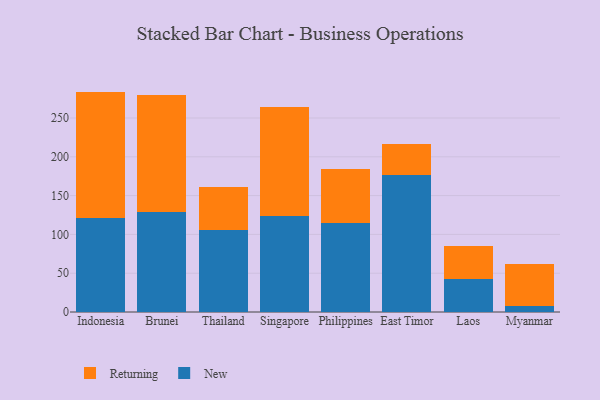
{"axis": {"x": "Country", "y": "Population (Million)"}, "legend": ["New", "Returning"], "data": [{"x": "Indonesia", "y": 121.4, "type": "New"}, {"x": "Indonesia", "y": 162.6, "type": "Returning"}, {"x": "Brunei", "y": 128.5, "type": "New"}, {"x": "Brunei", "y": 151.2, "type": "Returning"}, {"x": "Thailand", "y": 105.3, "type": "New"}, {"x": "Thailand", "y": 55.6, "type": "Returning"}, {"x": "Singapore", "y": 123.7, "type": "New"}, {"x": "Singapore", "y": 140.8, "type": "Returning"}, {"x": "Philippines", "y": 115.0, "type": "New"}, {"x": "Philippines", "y": 69.1, "type": "Returning"}, {"x": "East Timor", "y": 177.1, "type": "New"}, {"x": "East Timor", "y": 39.5, "type": "Returning"}, {"x": "Laos", "y": 42.0, "type": "New"}, {"x": "Laos", "y": 43.2, "type": "Returning"}, {"x": "Myanmar", "y": 7.5, "type": "New"}, {"x": "Myanmar", "y": 54.6, "type": "Returning"}]}